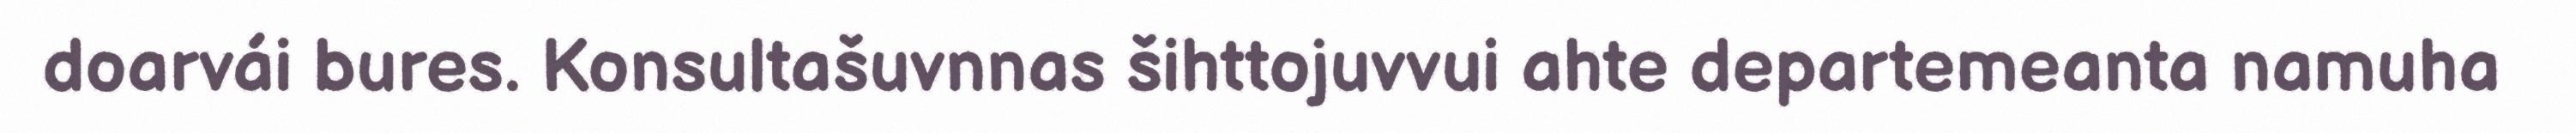
doarvái bures. Konsultašuvnnas šihttojuvvui ahte departemeanta namuha